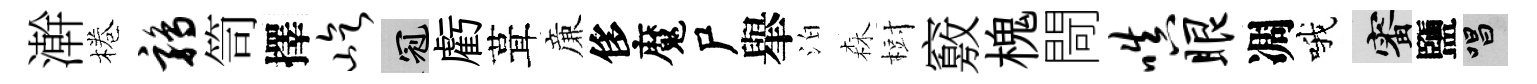
澣棬鹑笥擇屹冠虧葺亷侈魔尸𦦙泊森𣗳竅槐閜嗔眼凋哦審鹽唱